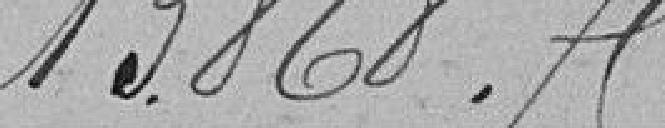
13.868,75